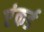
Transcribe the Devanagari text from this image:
एंकर्ड